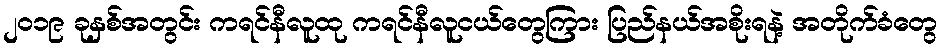
၂၀၁၉ ခုနှစ်အတွင်း ကရင်နီလူထု ကရင်နီလူငယ်တွေကြား ပြည်နယ်အစိုးရနဲ့ အတိုက်ခံတွေ